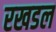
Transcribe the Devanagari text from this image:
रखडल